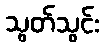
သွတ်သွင်း